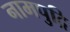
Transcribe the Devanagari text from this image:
नामपुद्रि